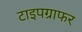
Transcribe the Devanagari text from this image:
टाइपग्राफर